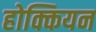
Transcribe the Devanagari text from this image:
होक्कियन